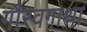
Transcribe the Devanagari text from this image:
गौरवगाथा